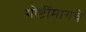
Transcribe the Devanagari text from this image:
गोष्टींमागचे